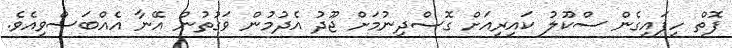
ފޮތް ހިފައިގެން ސްކޫލު ކައިރިއަށް ގޮސްދިނުމަށް ޖޫދު އެދުމުން ވަގުތުން އޭނާ އެއްބަސްވިއެވެ.